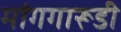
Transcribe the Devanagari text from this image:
मांगगारूडी